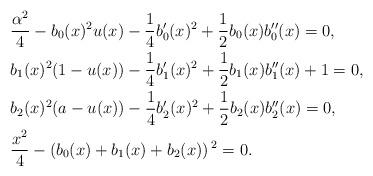
LaTeX: \begin{align*}&\frac{\alpha ^2}{4}-b_0(x){}^2 u(x)-\frac{1}{4} b_0'(x){}^2+\frac{1}{2} b_0(x) b_0''(x)=0, \\&b_1(x){}^2 (1-u(x))-\frac{1}{4} b_1'(x){}^2+\frac{1}{2} b_1(x) b_1''(x)+1=0,\\&b_2(x){}^2 (a-u(x))-\frac{1}{4} b_2'(x){}^2+\frac{1}{2} b_2(x) b_2''(x)=0,\\&\frac{x^2}{4}-\left(b_0(x)+b_1(x)+b_2(x)\right){}^2=0.\end{align*}